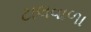
ટાલવાળા